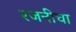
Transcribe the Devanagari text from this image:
रजनीचा